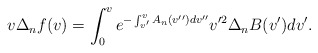
\begin{align*} v\Delta_nf(v)=\int_0^ve^{-\int_{v'}^vA_n(v'')dv''}v'^2\Delta_nB(v')dv'.\end{align*}